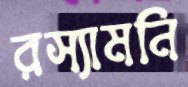
রস্যামনি